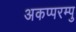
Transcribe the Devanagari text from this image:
अकप्परम्पु